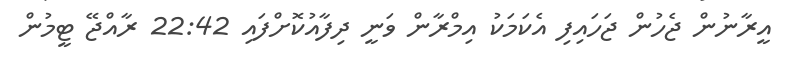
އީރާނުން ޖެހުން ޖަހައިފި އެކަމަކު އިމްރާން ވަނީ ދިފާއުކޮށްފައި 22:42 ރާއްޖޭ ޓީމުން